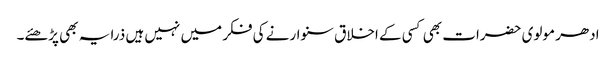
ادھر مولوی حضرات بھی کسی کے اخلاق سنوارنے کی فکر میں نہیں ہیں ذرا یہ بھی پڑھئے۔